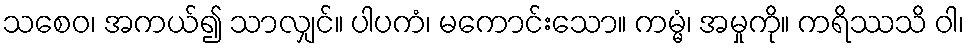
သစေဝ၊ အကယ်၍ သာလျှင်။ ပါပကံ၊ မကောင်းသော။ ကမ္မံ၊ အမှုကို။ ကရိဿသိ ဝါ၊